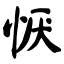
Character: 恹